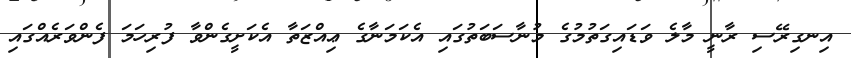
އިނގިރޭސި ރާނީ މާލެ ވަޑައިގަތުމުގެ މުނާސަބަތުގައި އެކަމަނާގެ ޢިއްޒަތާ އެކަށީގެންވާ ފުރިހަމަ ފެންވަރެއްގައި